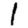
Digit: 1